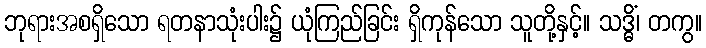
ဘုရားအစရှိသော ရတနာသုံးပါး၌ ယုံကြည်ခြင်း ရှိကုန်သော သူတို့နှင့်။ သဒ္ဓိံ၊ တကွ။